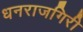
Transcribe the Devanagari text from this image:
धनराजगिरी